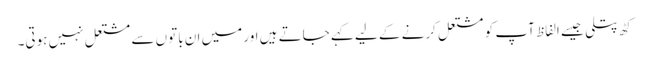
کٹھ پتلی جیسے الفاظ آپ کو مشتعل کرنے کے لیے کہے جاتے ہیں اور میں ان باتوں سے مشتعل نہیں ہوتی۔